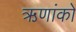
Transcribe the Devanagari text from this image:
ऋणांकों